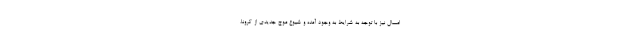
امسال نیز با توجه به شرایط به وجود آمده و شیوع موج جدیدی از کرونا،